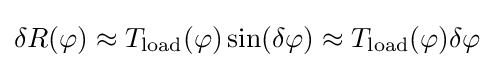
{\textstyle \delta R(\varphi )\approx T_{\mathrm {load} }(\varphi )\sin(\delta \varphi )\approx T_{\mathrm {load} }(\varphi )\delta \varphi }